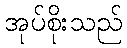
အုပ်စိုးသည်